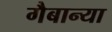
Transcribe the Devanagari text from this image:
गैबान्या